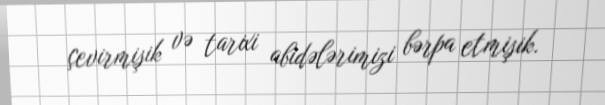
çevirmişik və tarixi abidələrimizi bərpa etmişik.